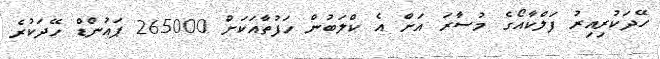
ހޭދަކުރިއިރު ފަލްކާއޯގެ މުސާރަ އަށް އެ ކްލަބުން ހަފުތާއަކަށް 265000 ޕައުންޑް ހޭދަކުރެ